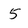
Character: 5